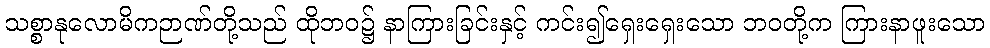
သစ္စာနုလောမိကဉာဏ်တို့သည် ထိုဘဝ၌ နာကြားခြင်းနှင့် ကင်း၍ရှေးရှေးသော ဘဝတို့က ကြားနာဖူးသော